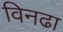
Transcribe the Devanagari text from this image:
विनढा